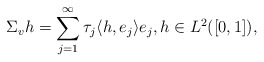
\begin{align*}\Sigma _v h = \sum _{j=1} ^\infty {\tau_j \langle h, e_j \rangle e_j}, h \in L^2([0,1]), \end{align*}